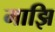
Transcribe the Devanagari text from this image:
माझि